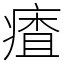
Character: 㾴